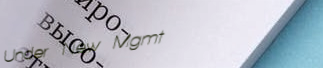
Under New Mgmt